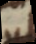
ut